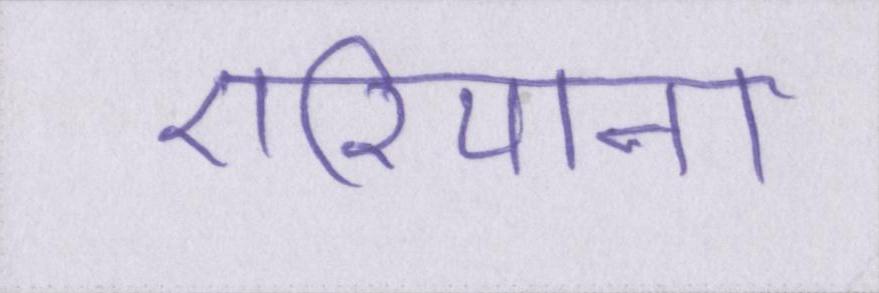
एरियाना